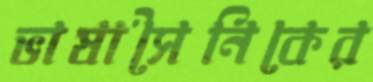
ভাষাসৈনিকের